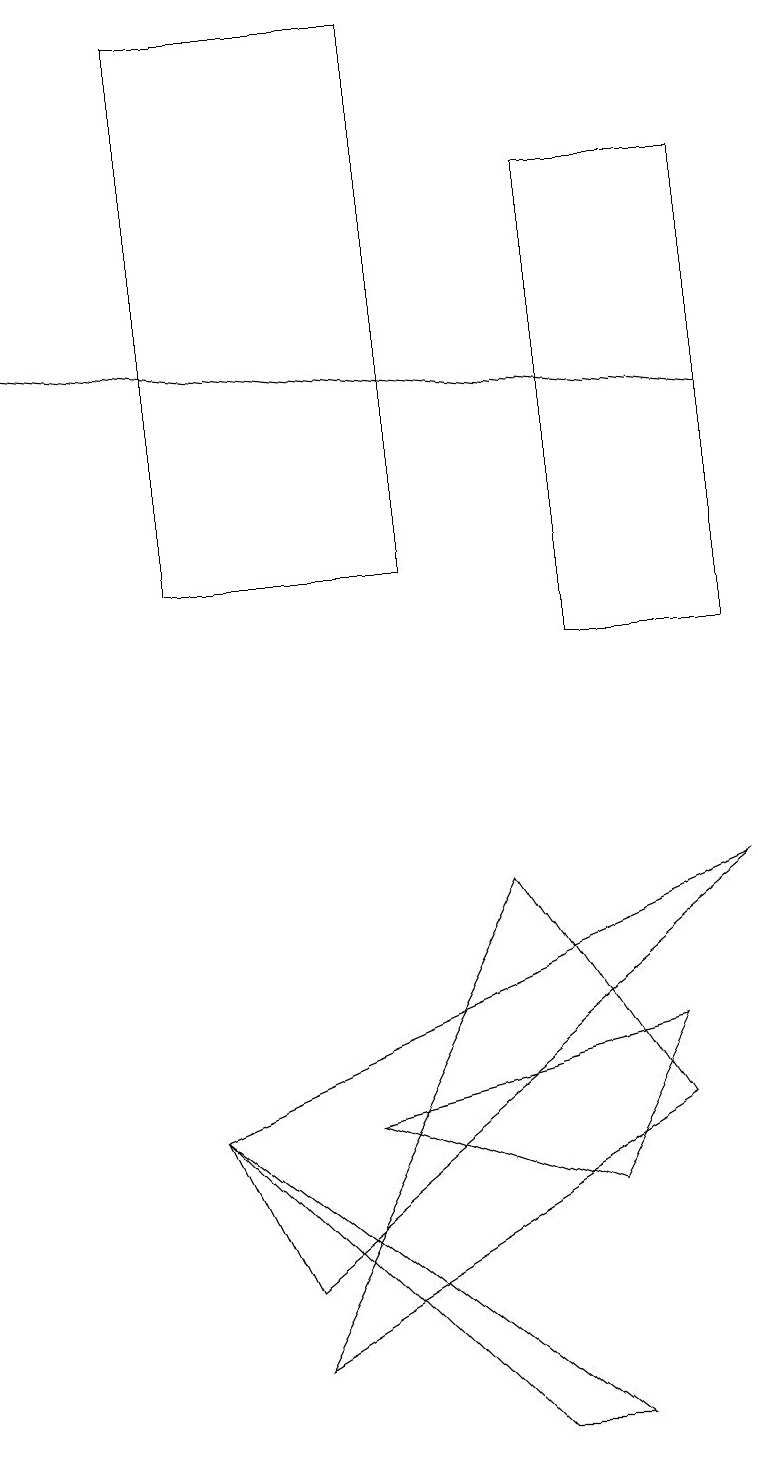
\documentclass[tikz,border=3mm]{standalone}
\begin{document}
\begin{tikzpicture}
\draw (9,7) -- (2,4) -- (3,2) -- cycle;
\draw[->] (9,13) -- (0,14);
\draw (6,7) -- (3,1) -- (8,4) -- cycle;
\draw (6,0) -- (7,0) -- (2,4) -- cycle;
\draw (7,16) rectangle (9,10);
\draw (2,11) rectangle (5,18);
\draw (8,5) -- (4,4) -- (7,3) -- cycle;
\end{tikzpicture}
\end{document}